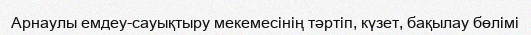
Арнаулы емдеу-сауықтыру мекемесінің тәртіп, күзет, бақылау бөлімі